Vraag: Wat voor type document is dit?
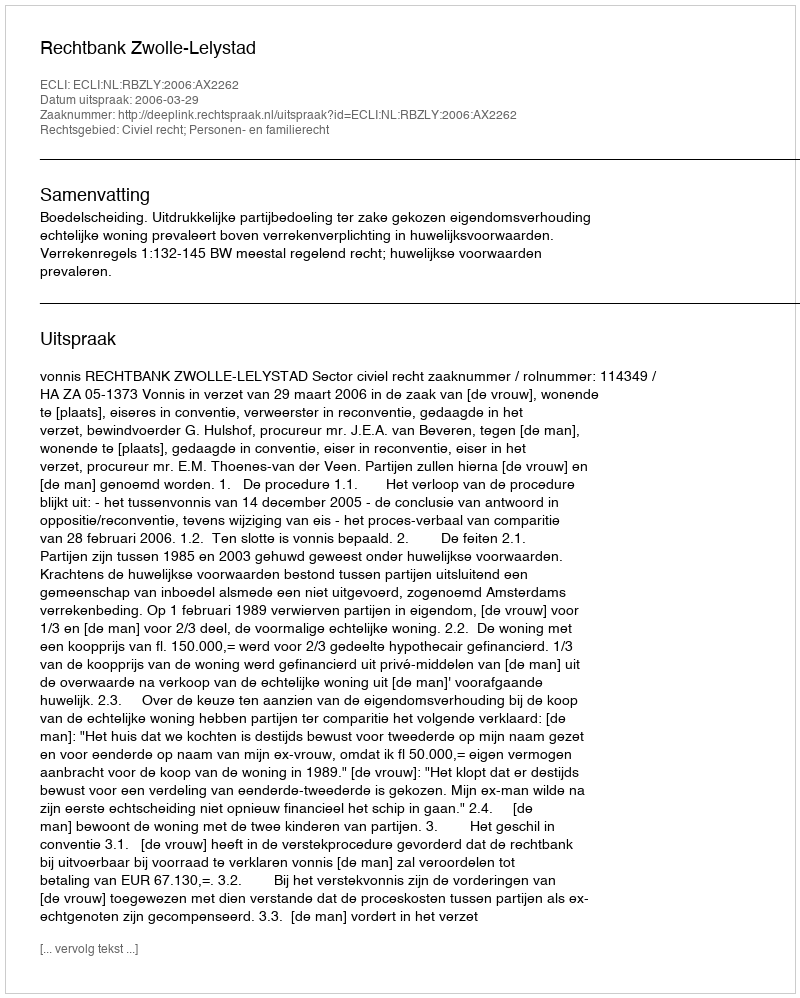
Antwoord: Uitspraak